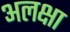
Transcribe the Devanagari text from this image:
अलक्षा